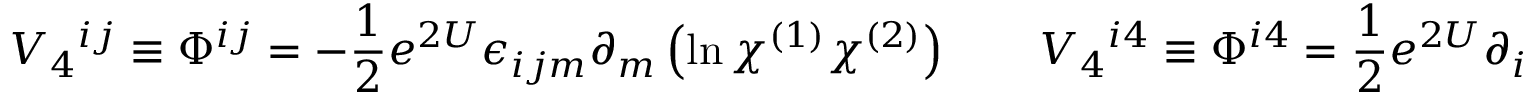
V _ { 4 } { } ^ { i j } \equiv \Phi ^ { i j } = - { \frac { 1 } { 2 } } e ^ { 2 U } \epsilon _ { i j m } \partial _ { m } \left( \ln \chi ^ { ( 1 ) } \chi ^ { ( 2 ) } \right) \qquad V _ { 4 } { } ^ { i 4 } \equiv \Phi ^ { i 4 } = { \frac { 1 } { 2 } } e ^ { 2 U } \partial _ { i } \left( \ln { \frac { \chi ^ { ( 1 ) } } { \chi ^ { ( 2 ) } } } \right)